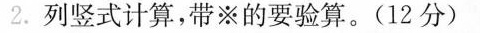
2. 列竖式计算，带※的要验算。(12分)